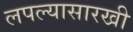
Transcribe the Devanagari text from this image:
लपल्यासारखी